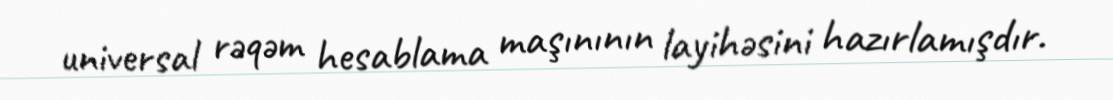
universal rəqəm hesablama maşınının layihəsini hazırlamışdır.